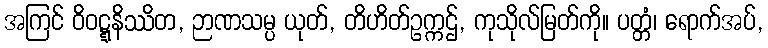
အကြင် ဝိဝဋ္ဋနိဿိတ, ဉာဏသမ္ပ ယုတ်, တိဟိတ်ဥက္ကဌ်, ကုသိုလ်မြတ်ကို။ ပတ္တံ၊ ရောက်အပ်,